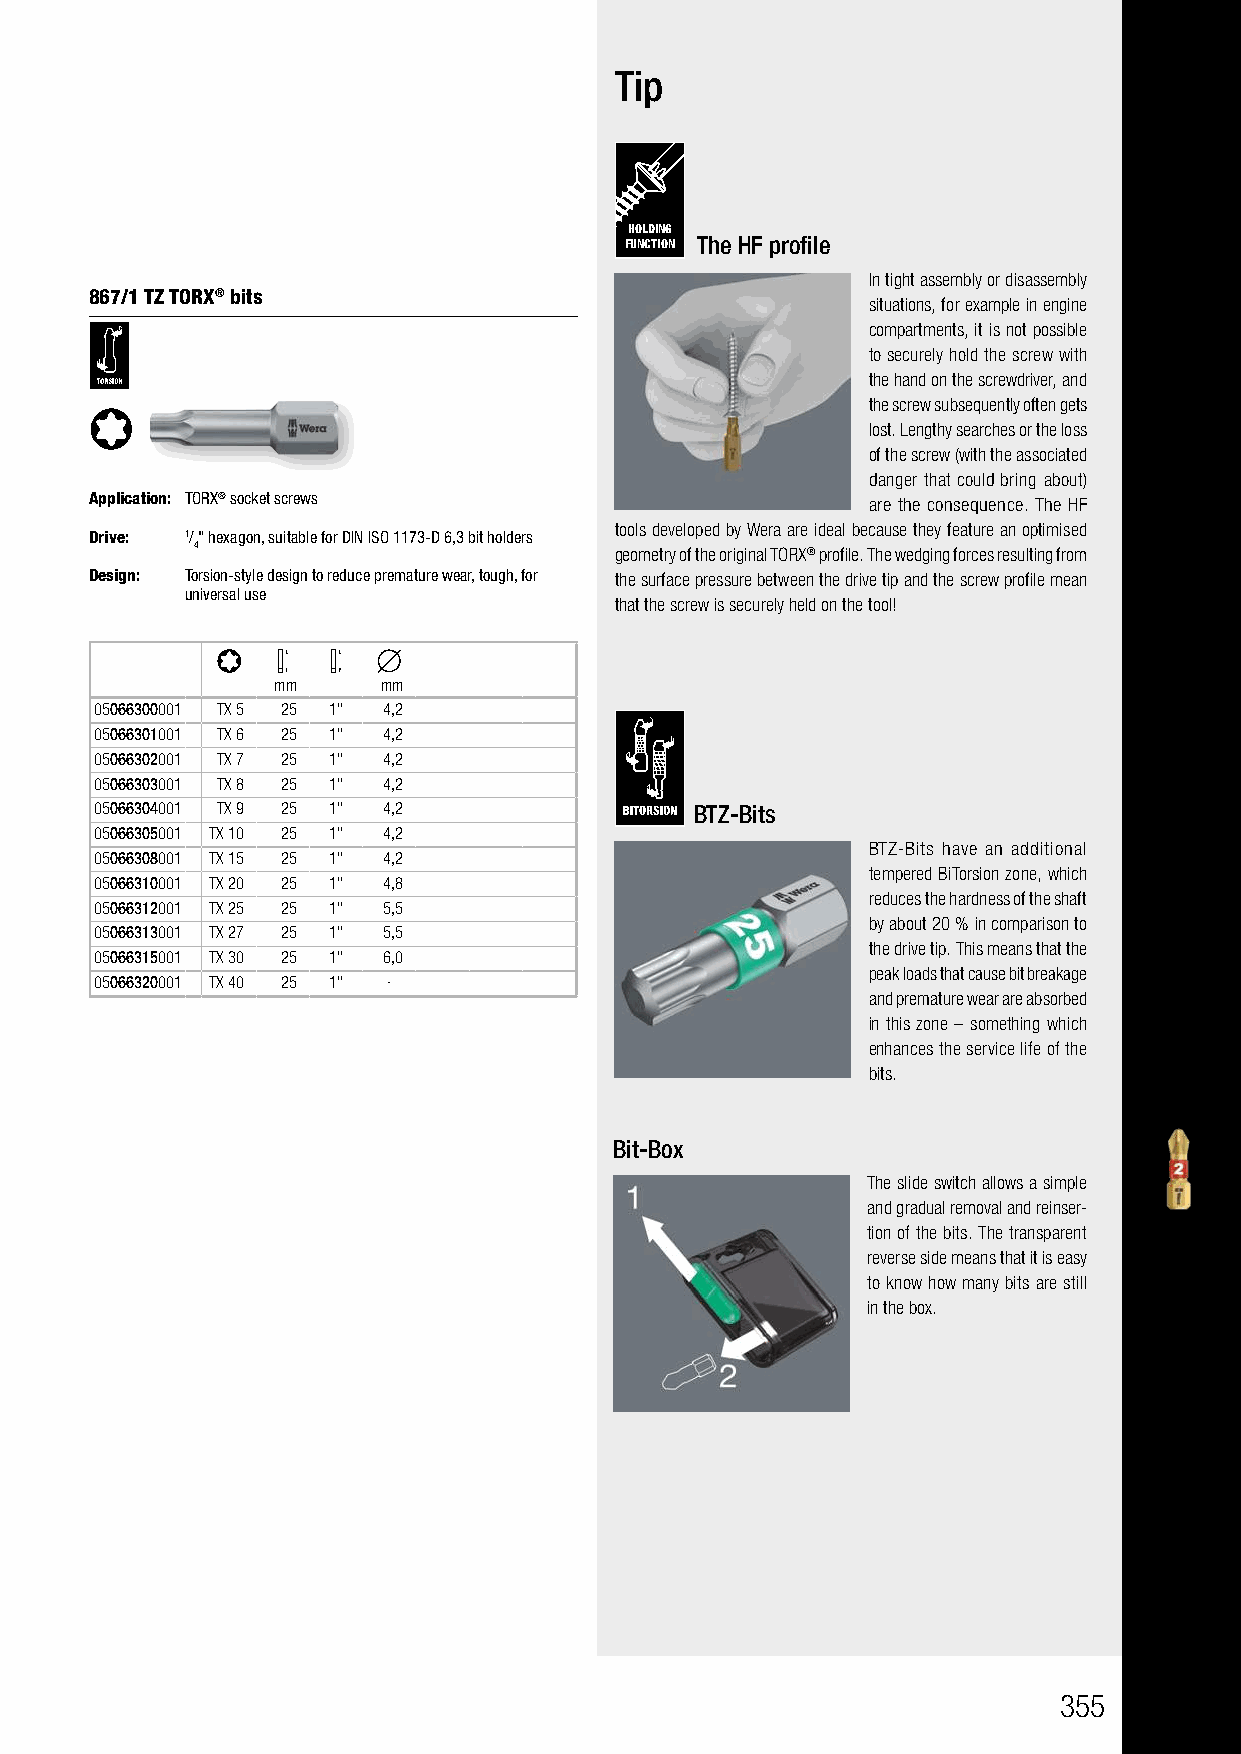
Tip
 HOLDING
 FUNCTION The HF profile
 In tight assembly or disassembly
 867/1 TZ TORX® bits
 situations, for example in engine
 compartments, it is not possible
 to securely hold the screw with
 the hand on the screwdriver, and
 the screw subsequently often gets
 lost. Lengthy searches or the loss
 of the screw (with the associated
 danger that could bring about)
 Application: TORX® socket screws                   are the consequence. The HF
 tools developed by Wera are ideal because they feature an optimised
 Drive: 1/" hexagon, suitable for DIN ISO 1173-D 6,3 bit holders
 4                           geometry of the original TORX® profile. The wedging forces resulting from
 Design: Torsion-style design to reduce premature wear, tough, for the surface pressure between the drive tip and the screw profile mean
 universal use
 that the screw is securely held on the tool!
 mm     mm
 05066300001 TX 5 25 1" 4,2
 05066301001 TX 6 25 1" 4,2
 05066302001 TX 7 25 1" 4,2
 05066303001 TX 8 25 1" 4,2
 05066304001 TX 9 25 1" 4,2              BTZ-Bits
 05066305001 TX 10 25 1" 4,2
 BTZ-Bits have an additional
 05066308001 TX 15 25 1" 4,2
 tempered BiTorsion zone, which
 05066310001 TX 20 25 1" 4,8
 reduces the hardness of the shaft
 05066312001 TX 25 25 1" 5,5
 by about 20 % in comparison to
 05066313001 TX 27 25 1" 5,5
 the drive tip. This means that the
 05066315001 TX 30 25 1" 6,0
 peak loads that cause bit breakage
 05066320001 TX 40 25 1" -
 and premature wear are absorbed
 in this zone – something which
 enhances the service life of the
 bits.
 Bit-Box
 The slide switch allows a simple
 and gradual removal and reinser-
 tion of the bits. The transparent
 reverse side means that it is easy
 to know how many bits are still
 in the box.
 355